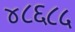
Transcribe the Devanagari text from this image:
४८६८५